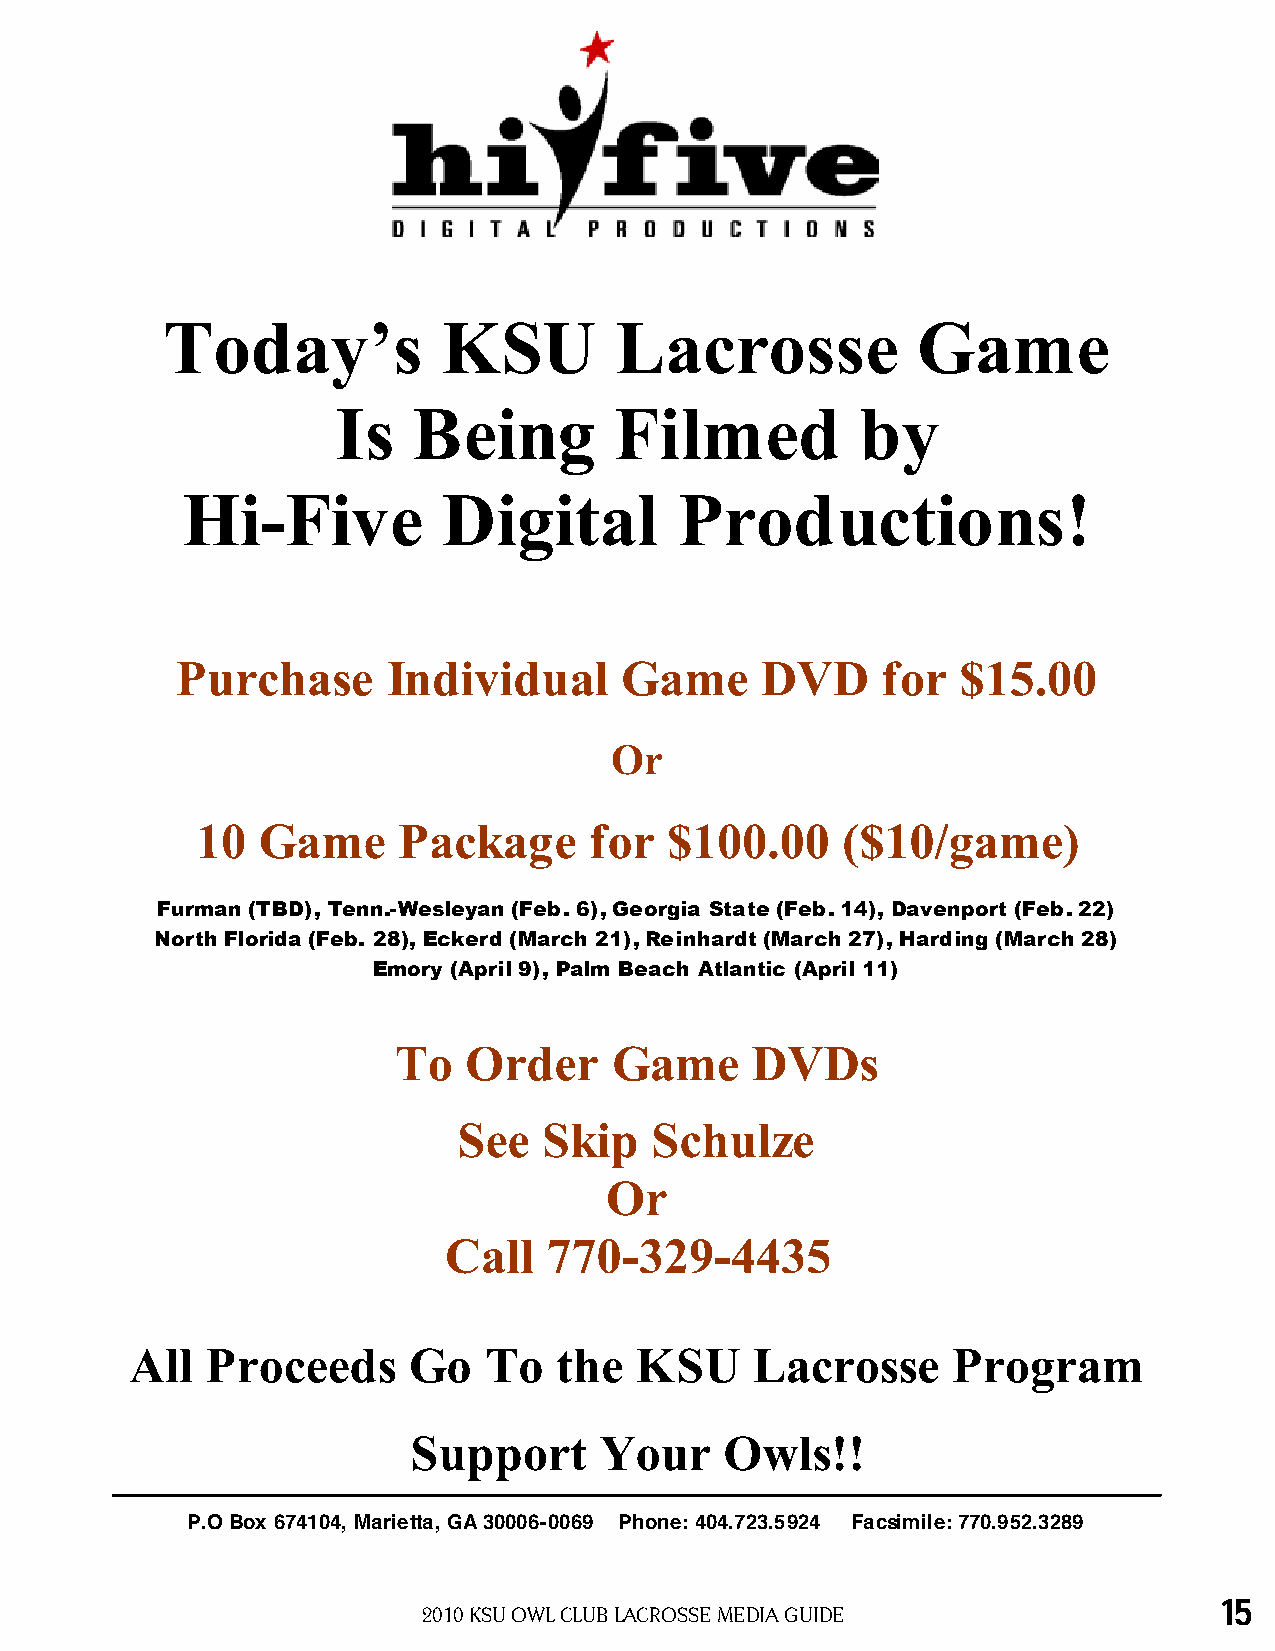
Today’s           KSU         Lacrosse            Game
 Is   Being         Filmed          by
 Hi-Five          Digital         Productions!
 Purchase      Individual     Game     DVD     for   $15.00
 Or
 10  Game     Package      for  $100.00     ($10/game)
 Furman (TBD), Tenn.-Wesleyan (Feb. 6), Georgia State (Feb. 14), Davenport (Feb. 22)
 North Florida (Feb. 28), Eckerd (March 21), Reinhardt (March 27), Harding (March 28)
 Emory (April 9), Palm Beach Atlantic (April 11)
 To   Order     Game     DVDs
 See   Skip   Schulze
 Or
 Call   770-329-4435
 All  Proceeds     Go   To   the  KSU     Lacrosse     Program
 Support      Your    Owls!!
 P.O Box 674104, Marietta, GA 30006-0069 Phone: 404.723.5924 Facsimile: 770.952.3289
 15
 2010 KSU OWL CLUB LACROSSE MEDiA GUiDE